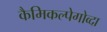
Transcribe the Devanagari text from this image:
कैमिकल्पेगोव्दा